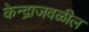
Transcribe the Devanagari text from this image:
केन्द्राजवळील